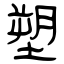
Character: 塑